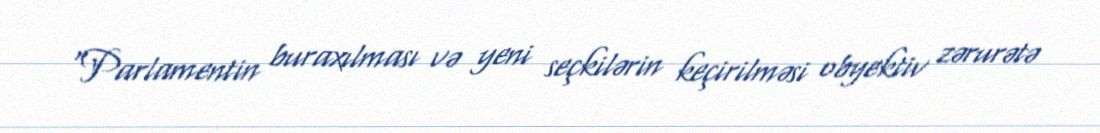
“Parlamentin buraxılması və yeni seçkilərin keçirilməsi obyektiv zərurətə